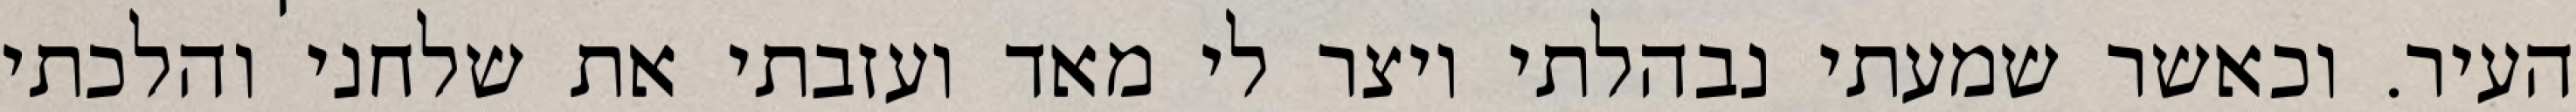
העיר. וכאשר שמעתי נבהלתי ויצר לי מאד ועזבתי את שלחני והלכתי